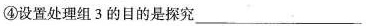
④设置处理组3的目的是探究___